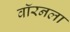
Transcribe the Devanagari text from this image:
वॉरनला